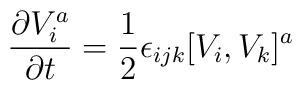
{\partial V_i^a \over \partial t} = {1\over 2} \epsilon_{ijk} [V_i,V_k]^a